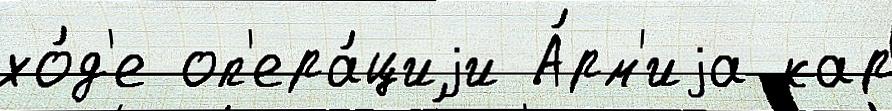
хо́д'е оп'ера́циjи А́рм'иjа кар